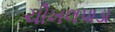
ચીખલપાડા